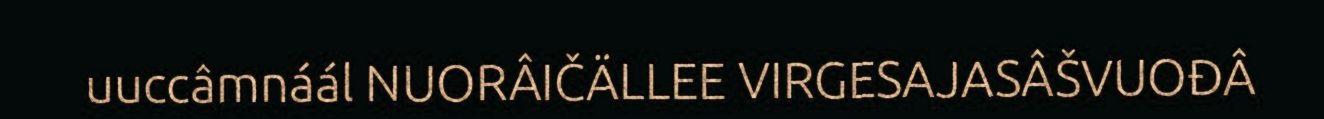
uuccâmnáál NUORÂIČÄLLEE VIRGESAJASÂŠVUOĐÂ